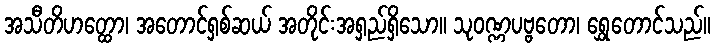
အသီတိဟတ္ထော၊ အတောင်ရှစ်ဆယ် အတိုင်းအရှည်ရှိသော။ သုဝဏ္ဏပဗ္ဗတော၊ ရွှေတောင်သည်။